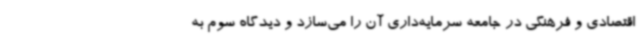
اقتصادی و فرهنگی در جامعه سرمایه‌داری آن را می‌سازد و دیدگاه سوم به